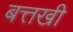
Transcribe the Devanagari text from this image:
बत्तखी